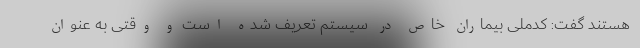
هستند گفت: کدملی بیماران خاص در سیستم تعریف شده است و وقتی به عنوان